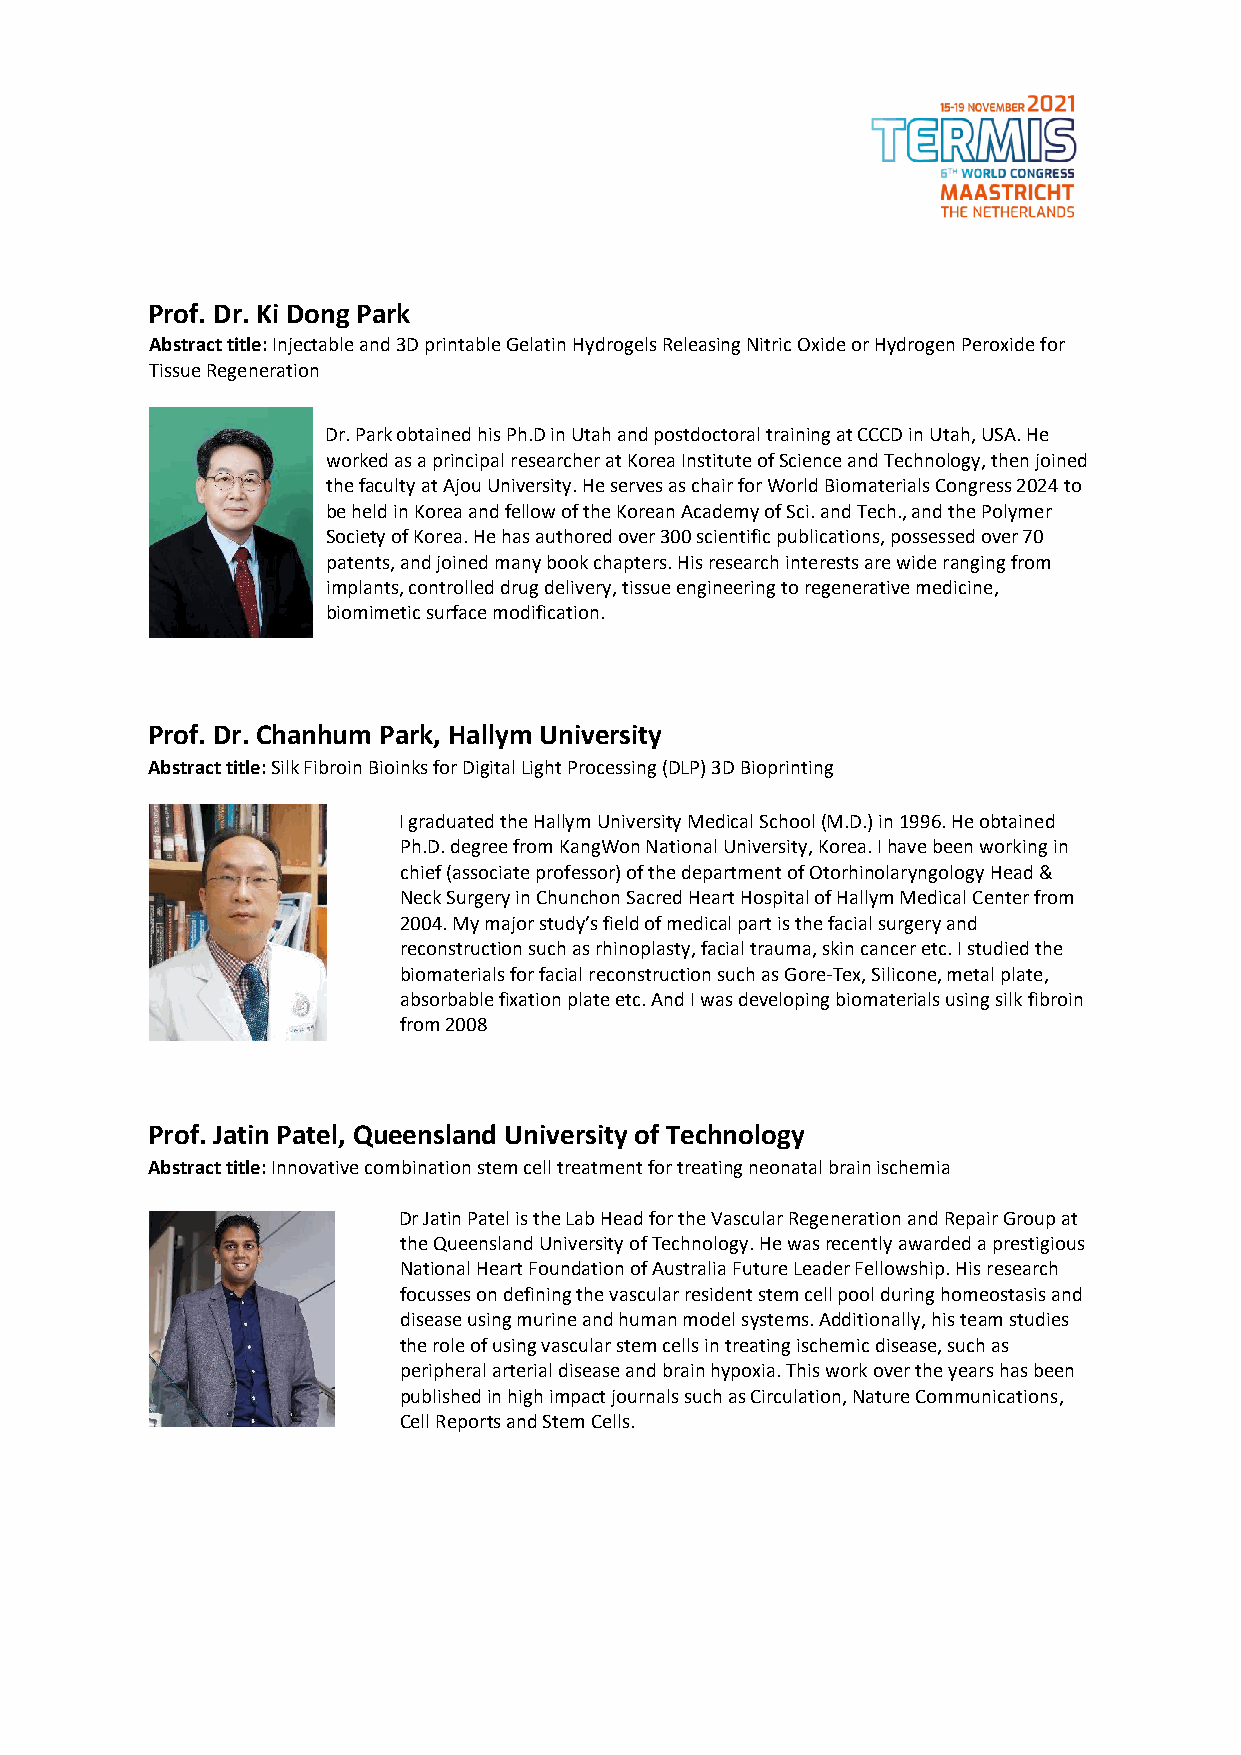
Prof. Dr. Ki Dong Park
 Abstract title: Injectable and 3D printable Gelatin Hydrogels Releasing Nitric Oxide or Hydrogen Peroxide for
 Tissue Regeneration
 Dr. Park obtained his Ph.D in Utah and postdoctoral training at CCCD in Utah, USA. He
 worked as a principal researcher at Korea Institute of Science and Technology, then joined
 the faculty at Ajou University. He serves as chair for World Biomaterials Congress 2024 to
 be held in Korea and fellow of the Korean Academy of Sci. and Tech., and the Polymer
 Society of Korea. He has authored over 300 scientific publications, possessed over 70
 patents, and joined many book chapters. His research interests are wide ranging from
 implants, controlled drug delivery, tissue engineering to regenerative medicine,
 biomimetic surface modification.
 Prof. Dr. Chanhum Park, Hallym University
 Abstract title: Silk Fibroin Bioinks for Digital Light Processing (DLP) 3D Bioprinting
 I graduated the Hallym University Medical School (M.D.) in 1996. He obtained
 Ph.D. degree from KangWon National University, Korea. I have been working in
 chief (associate professor) of the department of Otorhinolaryngology Head &
 Neck Surgery in Chunchon Sacred Heart Hospital of Hallym Medical Center from
 2004. My major study’s field of medical part is the facial surgery and
 reconstruction such as rhinoplasty, facial trauma, skin cancer etc. I studied the
 biomaterials for facial reconstruction such as Gore-Tex, Silicone, metal plate,
 absorbable fixation plate etc. And I was developing biomaterials using silk fibroin
 from 2008
 Prof. Jatin Patel, Queensland University of Technology
 Abstract title: Innovative combination stem cell treatment for treating neonatal brain ischemia
 Dr Jatin Patel is the Lab Head for the Vascular Regeneration and Repair Group at
 the Queensland University of Technology. He was recently awarded a prestigious
 National Heart Foundation of Australia Future Leader Fellowship. His research
 focusses on defining the vascular resident stem cell pool during homeostasis and
 disease using murine and human model systems. Additionally, his team studies
 the role of using vascular stem cells in treating ischemic disease, such as
 peripheral arterial disease and brain hypoxia. This work over the years has been
 published in high impact journals such as Circulation, Nature Communications,
 Cell Reports and Stem Cells.